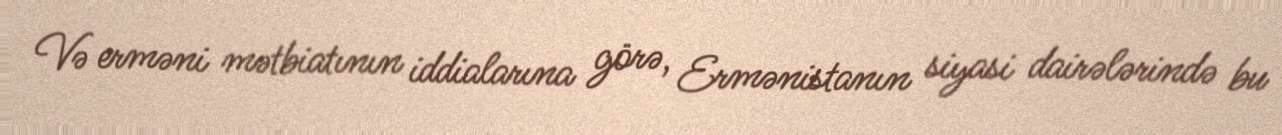
Və erməni mətbiatının iddialarına görə, Ermənistanın siyasi dairələrində bu